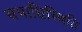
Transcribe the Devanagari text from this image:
समाधिस्थिति